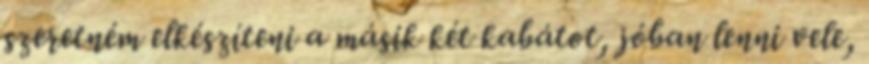
szeretném elkészíteni a másik két kabátot, jóban lenni vele,